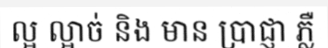
ល្អ ល្អាច់ និង មាន ប្រាជ្ញា ភ្លឺ